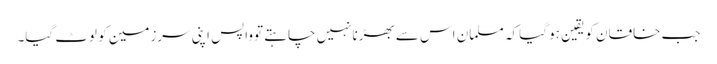
جب خاقان کویقین ہو گیا کہ مسلمان اس سے بھڑنانہیں چاہتے توواپس اپنی سرزمین کو لوٹ گیا۔